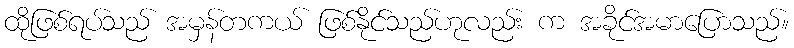
ထိုဖြစ်ရပ်သည် အမှန်တကယ် ဖြစ်နိုင်သည်ဟုလည်း က အခိုင်အမာပြောသည်။